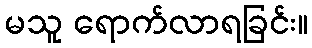
မသူ ရောက်လာရခြင်း။